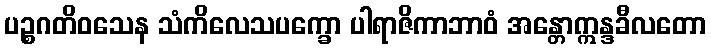
ပဉ္စဂတိဝသေန သံကိလေသပက္ခော ပါရာဇိကာဘာဝံ အန္တောဣန္ဒခီလတော